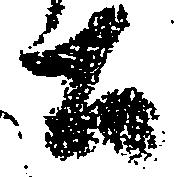
公